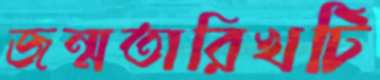
জন্মতারিখটি